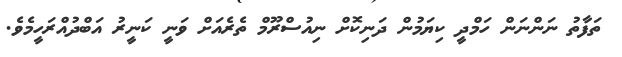
ތަފާތު ނަންނަން ހަމްދީ ކިޔަމުން ދަނިކޮށް ނިއުސްރޫމް ތެރެއަށް ވަނީ ކަނީރު އަބްދުއްރަހީމެވެ.